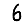
Digit: 6